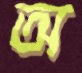
অ